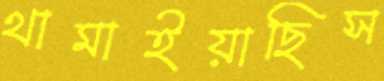
থামাইয়াছিস